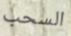
السحب